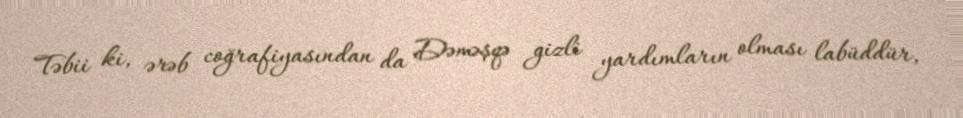
Təbii ki, ərəb coğrafiyasından da Dəməşqə gizli yardımların olması labüddür,